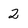
Character: 2